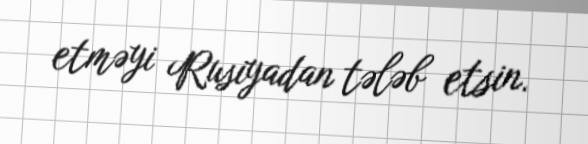
etməyi Rusiyadan tələb etsin.